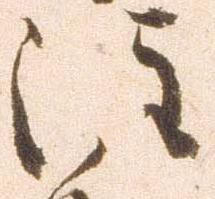
注